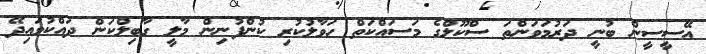
އޭސީސީން ބުނީ ދަރުމަވަންތަ ސްކޫލްގެ މަސައްކަތް ހަވާލުކުރި ކުންފުނިން މާލީ ގާބިލްކަން ދައްކުވައިދޭ